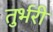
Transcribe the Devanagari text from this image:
तुर्भरी